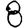
Digit: 8